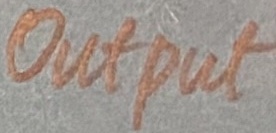
Text: Output